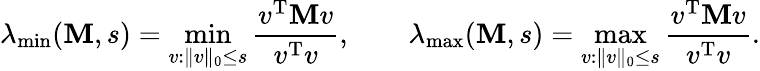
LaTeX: \lambda_{\operatorname*{min}}(\mathbf{M},s)=\operatorname*{min}_{v:\| v\| _{0}\leq s}\frac{v^{\mathrm{T}}\mathbf{M}v}{v^{\mathrm{T}}v},\quad\quad\lambda_{\operatorname*{max}}(\mathbf{M},s)=\operatorname*{max}_{v:\| v\| _{0}\leq s}\frac{v^{\mathrm{T}}\mathbf{M}v}{v^{\mathrm{T}}v}.